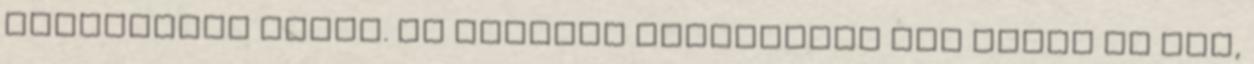
angyalokra utalt. Ez azonban egyáltalán nem zárja ki azt,